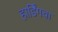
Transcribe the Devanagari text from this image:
हार्डिंगचा